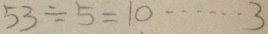
5 3 \div 5 = 1 0 \cdots 3